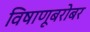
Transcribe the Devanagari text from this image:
विषाणूबरोबर